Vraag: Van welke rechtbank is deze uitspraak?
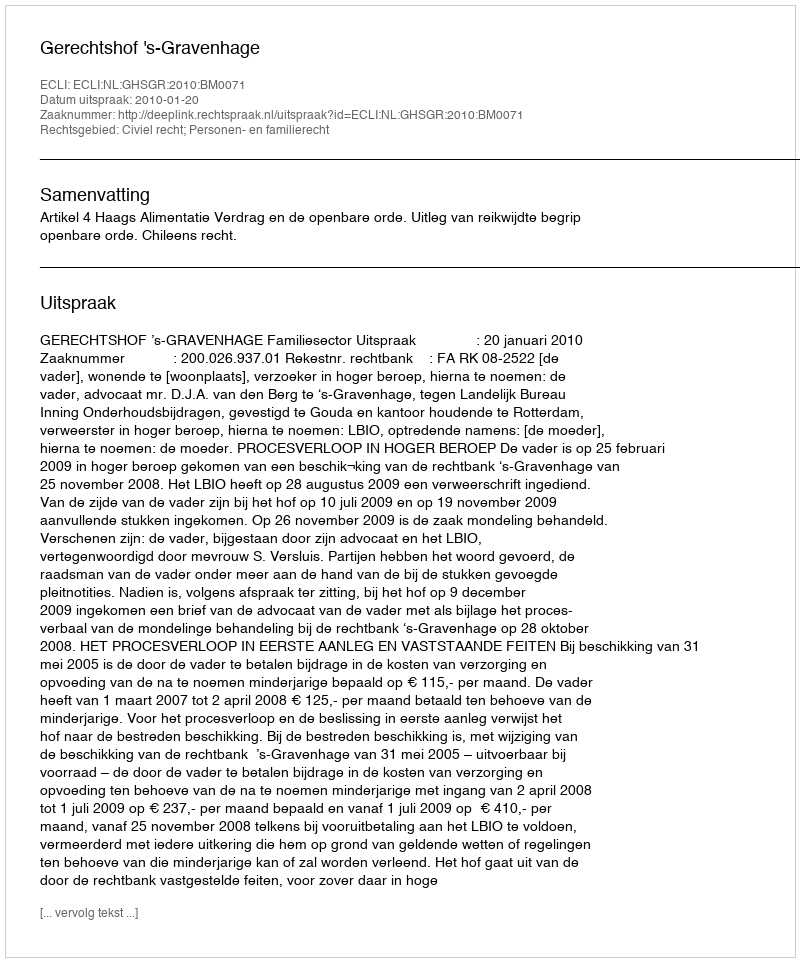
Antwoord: Gerechtshof 's-Gravenhage